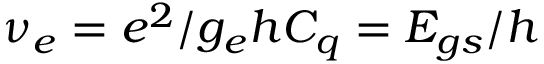
\nu _ { e } = e ^ { 2 } / g _ { e } h C _ { q } = E _ { g s } / h